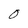
Character: O